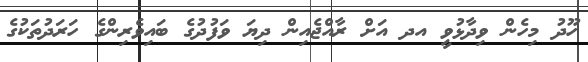
ހޫދު މިހެން ވިދާޅުވީ އދ އަށް ރާއްޖެއިން ދިޔަ ވަފުދުގެ ބައިވެރިންގެ ހަރަދުތަކުގެ